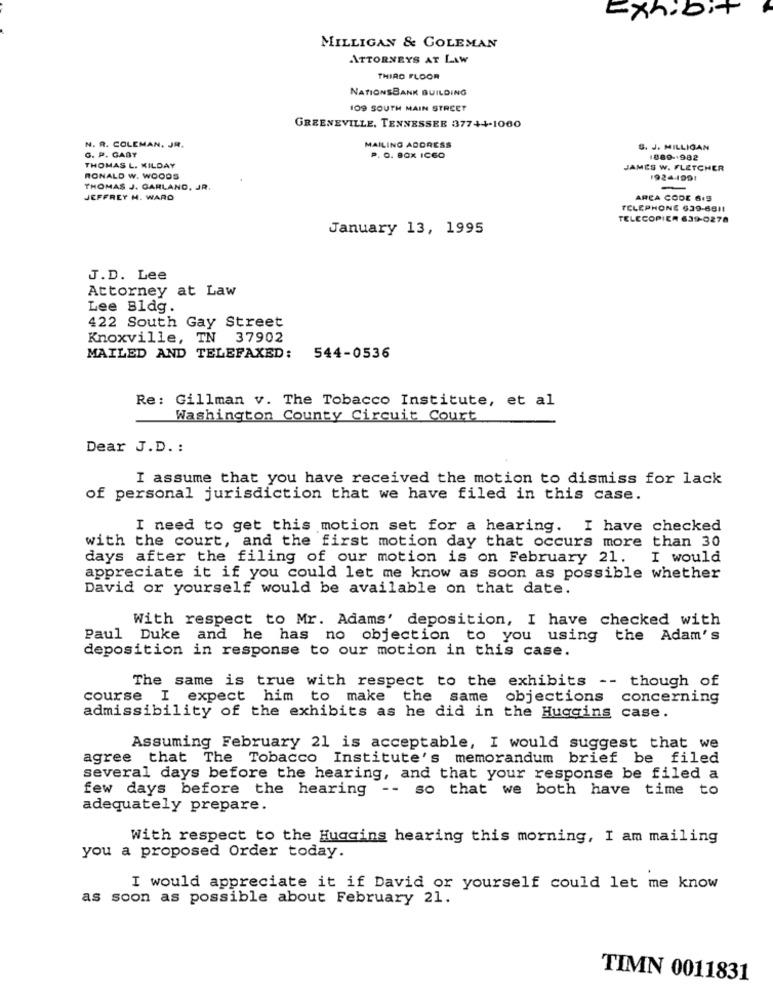
Exhibit
MILLIGAN & GOLEMAN
ATTORNEYS AT LAW
THIRD FLOOR
NATIONSBANK BUILDING
109 SOUTH MAIN STREET
GREENEVILLE, TENNESSEE 377++-1060
N. R. COLEMAN. JR.
G. P. GABY
MAILING ADDRESS
G. J. MILLIGAN
P. O. BOX IC60
1889-1982
THOMAS L. KILDAY
JAMES W. FLETCHER
RONALD W. WOODS
1924-1991
THOMAS J. GARLAND, JR.
JEFFREY M. WARD
AREA CODE 619
TELEPHONE 639-6811
TELECOPIER 639-0278
January 13, 1995
J.D. Lee
Attorney at Law
Lee Bldg.
422 South Gay Street
Knoxville, TN 37902
MAILED AND TELEFAXED: 544-0536
Re: Gillman v. The Tobacco Institute, et al
Washington County Circuit Court
Dear J.D. :
I assume that you have received the motion to dismiss for lack
of personal jurisdiction that we have filed in this case.
I need to get this motion set for a hearing. I have checked
with the court, and the first motion day that occurs more than 30
days after the filing of our motion is on February 21.
I would
appreciate it if you could let me know as soon as possible whether
David or yourself would be available on that date.
With respect to Mr. Adams' deposition, I have checked with
Paul Duke and he has no objection to you using the Adam's
deposition in response to our motion in this case.
The same is true with respect to the exhibits -- though of
course I expect him to make the same objections concerning
admissibility of the exhibits as he did in the Huggins case.
Assuming February 21 is acceptable, I would suggest that we
agree that The Tobacco Institute's memorandum brief be filed
several days before the hearing, and that your response be filed a
few days before the hearing -- so that we both have time to
adequately prepare.
With respect to the Huggins hearing this morning, I am mailing
you a proposed Order today.
I would appreciate it if David or yourself could let me know
as soon as possible about February 21.
TIMN 0011831